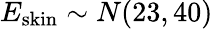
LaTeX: E_{\mathrm{skin}}\sim N(23,40)